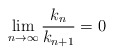
\begin{align*}\lim_{n\rightarrow\infty}\frac{k_n}{k_{n+1}}=0\end{align*}